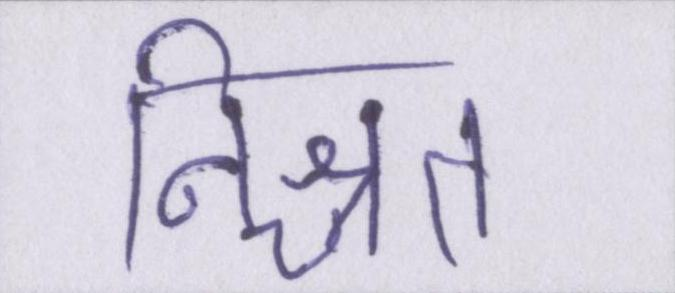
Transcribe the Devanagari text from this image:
निश्चत